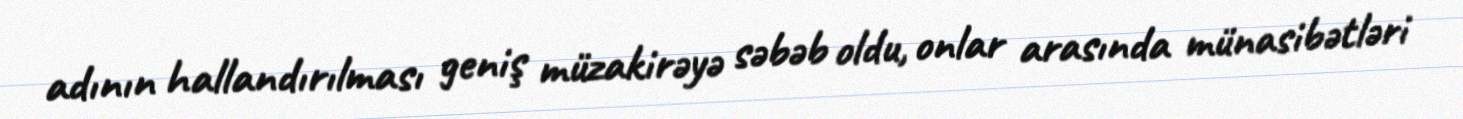
adının hallandırılması geniş müzakirəyə səbəb oldu, onlar arasında münasibətləri